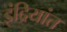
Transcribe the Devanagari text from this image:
इंद्रियांत